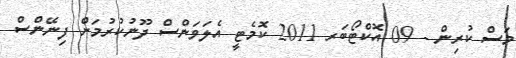
މަސް ކުރިން - 09 އޮކްޓޯބަރ 2011 ކޮމެޓީ އެލަވަންސް ދޫނުކުރުމަށް ފިނޭންސް